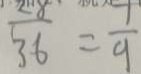
\frac { 2 8 } { 3 6 } = \frac { 1 } { 9 }